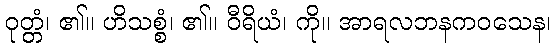
ဝုတ္တံ၊ ၏။ ဟိသစ္စံ၊ ၏။ ဝီရိယံ၊ ကို။ အာရလဘနကဝသေန၊